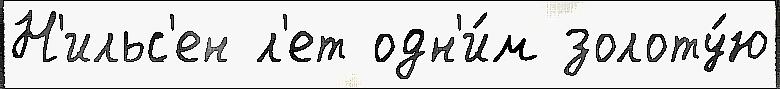
Н'ильс'ен л'ет одн'и́м золоту́ю